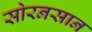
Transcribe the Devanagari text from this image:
सोरनसान